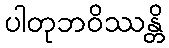
ပါတုဘဝိဿန္တိ